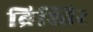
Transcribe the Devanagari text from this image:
ब्रिश्तिर